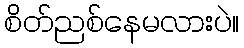
စိတ်ညစ်နေမလားပဲ။